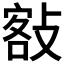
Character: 𢾏